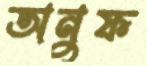
অনুফ